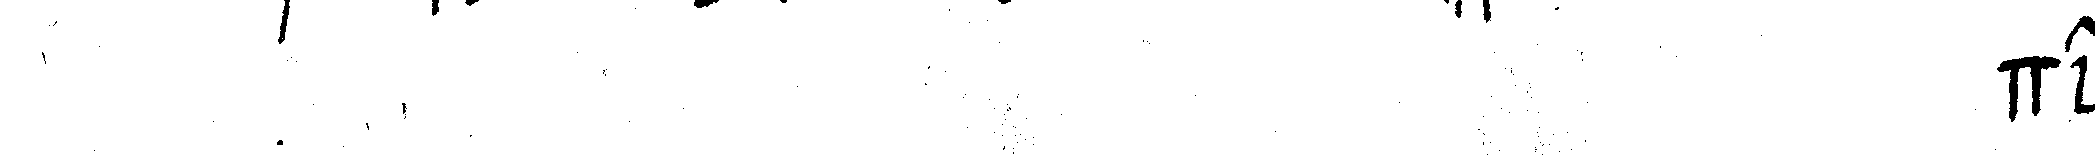
# der